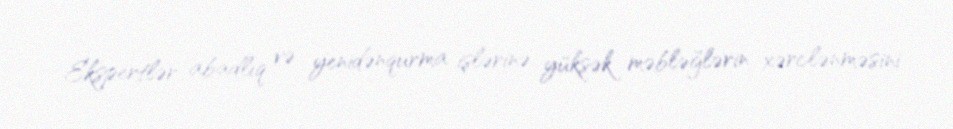
Ekspertlər abadlıq və yenidənqurma işlərinə yüksək məbləğlərin xərclənməsini